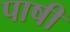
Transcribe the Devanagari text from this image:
पाषी